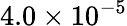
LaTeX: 4.0\times 10^{-5}